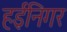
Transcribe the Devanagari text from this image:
हईनिगर